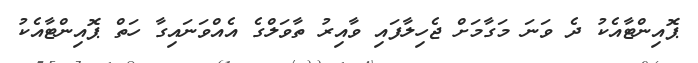
ޕޮއިންޓާއެކު ދެ ވަނަ މަގާމަށް ޖެހިލާފައި ވާއިރު ތާވަލްގެ އެއްވަނައިގާ ހަތް ޕޮއިންޓާއެކު